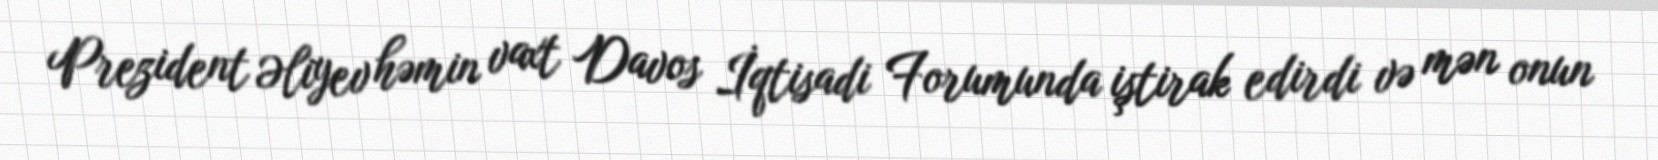
Prezident Əliyev həmin vaxt Davos İqtisadi Forumunda iştirak edirdi və mən onun